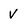
Character: v